Report of the Imperial Institute of Veterinary Research, Muktesar
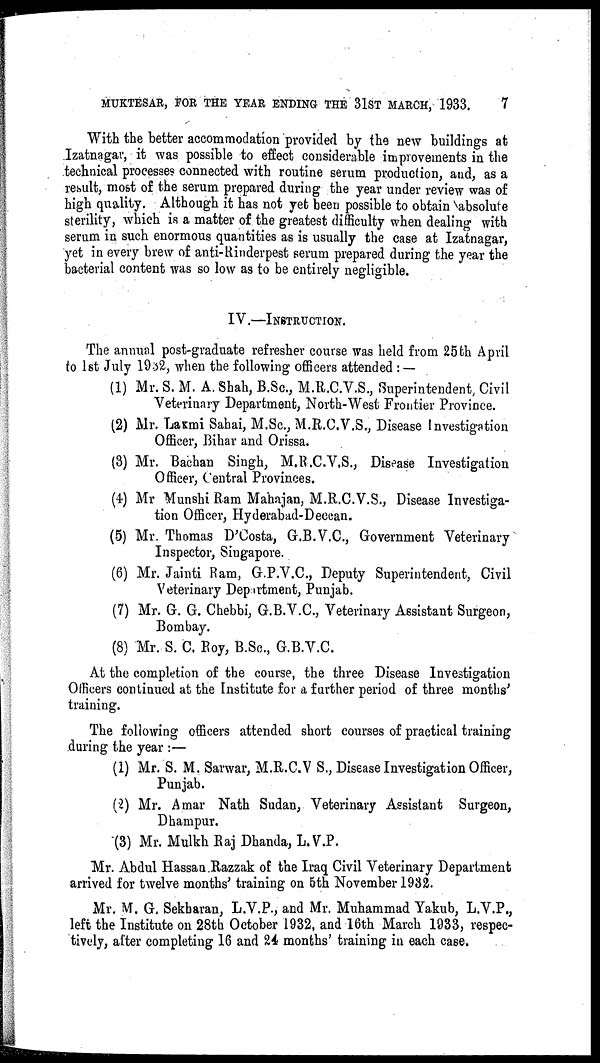
MUKTESAR, FOR THE YEAR ENDING THE 31ST MARCH, 1933.
7
With the better accommodation provided by the new buildings at
Izatnagar, it was possible to effect considerable improvements in the
technical processes connected with routine serum production, and, as a
result, most of the serum prepared during the year under review was of
high quality. Although it has not yet been possible to obtain absolute
sterility, which is a matter of the greatest difficulty when dealing with
serum in such enormous quantities as is usually the case at Izatnagar,
yet in every brew of anti-Rinderpest serum prepared during the year the
bacterial content was so low as to be entirely negligible.
IV.—INSTRUCTION.
The annual post-graduate refresher course was held from 25th April
to 1st July 1932, when the following officers attended : —
(1) Mr. S. M. A. Shah, B.Sc., M.R.C.V.S., Superintendent, Civil
Veterinary Department, North-West Frontier Province.
(2) Mr. Laxmi Sahai, M.Sc., M.R.C.V.S., Disease Investigation
Officer, Bihar and Orissa.
(3) Mr. Bachan Singh, M.R.C.V.S., Disease Investigation
Officer, Central Provinces.
(4) Mr Munshi Ram Mahajan, M.R.C.V.S., Disease Investiga-
tion Officer, Hyderabad-Deccan.
(5) Mr. Thomas D'Costa, G.B.V.C., Government Veterinary
Inspector, Singapore.
(6) Mr. Jainti Ram, G.P.V.C., Deputy Superintendent, Civil
Veterinary Department, Punjab.
(7) Mr. G. G. Chebbi, G.B.V.C., Veterinary Assistant Surgeon,
Bombay.
(8) Mr. S. C. Roy, B.Sc., G.B.V.C.
At the completion of the course, the three Disease Investigation
Officers continued at the Institute for a further period of three months'
training.
The following officers attended short courses of practical training
during the year :—
(1) Mr. S. M. Sarwar, M.R.C.V S., Disease Investigation Officer,
Punjab.
(2) Mr. Amar Nath Sudan, Veterinary Assistant Surgeon,
Dhampur.
(3) Mr. Mulkh Raj Dhanda, L. V.P.
Mr. Abdul Hassan Razzak of the Iraq Civil Veterinary Department
arrived for twelve months' training on 5th November 1932.
Mr. M. G. Sekharan, L.V.P., and Mr. Muhammad Yakub, L.V.P.,
left the Institute on 28th October 1932, and 16th March 1933, respec-
tively, after completing 16 and 24 months' training in each case.